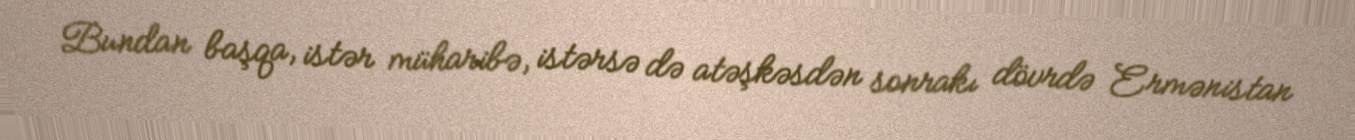
Bundan başqa, istər müharibə, istərsə də atəşkəsdən sonrakı dövrdə Ermənistan